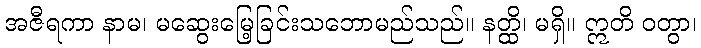
အဇီရကာ နာမ၊ မဆွေးမြေ့ခြင်းသဘောမည်သည်။ နတ္ထိ၊ မရှိ။ ဣတိ ဝတွာ၊